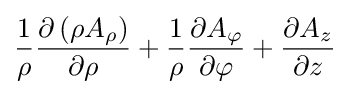
{1 \over \rho }{\partial \left(\rho A_{\rho }\right) \over \partial \rho }+{1 \over \rho }{\partial A_{\varphi } \over \partial \varphi }+{\partial A_{z} \over \partial z}